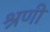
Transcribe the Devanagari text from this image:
श्रणी